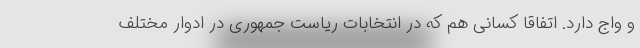
و واج دارد. اتفاقا کسانی هم که در انتخابات ریاست جمهوری در ادوار مختلف